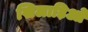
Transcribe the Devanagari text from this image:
खिलाड़िओ